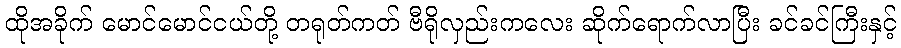
ထိုအခိုက် မောင်မောင်ငယ်တို့ တရုတ်ကတ် ဗီရိုလှည်းကလေး ဆိုက်ရောက်လာပြီး ခင်ခင်ကြီးနှင့်